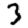
Digit: 3